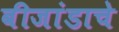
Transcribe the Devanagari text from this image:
बीजांडाचे